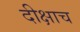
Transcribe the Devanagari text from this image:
दीक्षाच